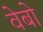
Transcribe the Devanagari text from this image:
वेबो